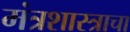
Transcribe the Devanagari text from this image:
मंत्रशास्त्राचा